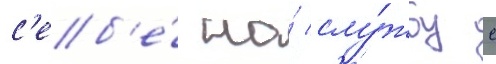
с'еб'е́ на́ слу́жбу с